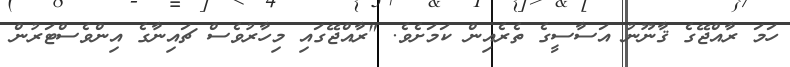
ހަމަ ރާއްޖޭގެ ޤާނޫނު އަސާސީގެ ތެރެއިން ކަމަށެވެ. "ރާއްޖޭގައި މިހާރުވެސް ޗައިނާގެ އިންވެސްޓަރުން